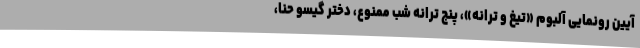
آیین رونمایی آلبوم «تیغ و ترانه»، پنج ترانه شب ممنوع، دختر گیسو حنا،